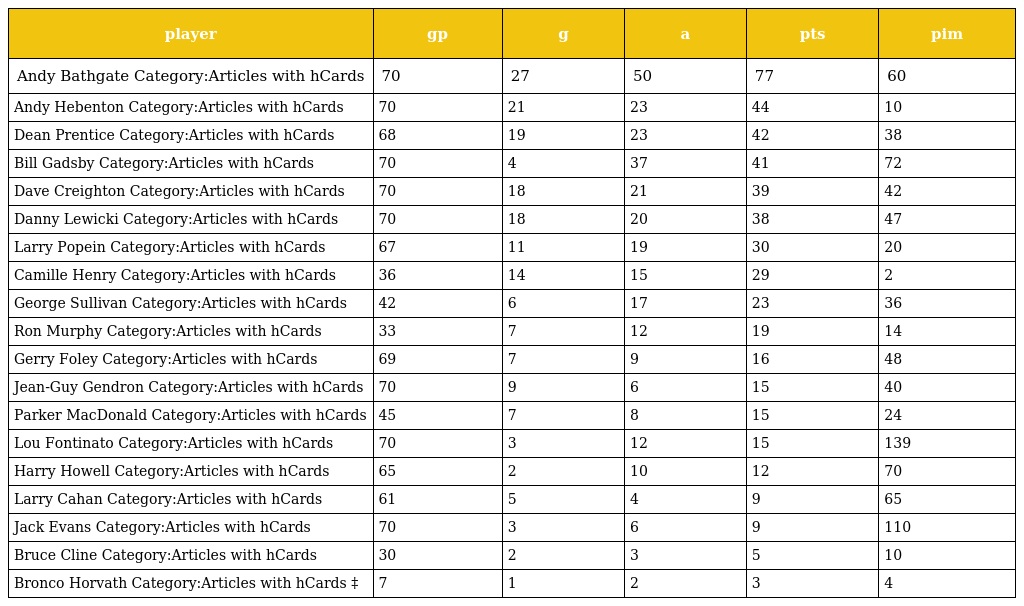
| player | gp | g | a | pts | pim |
 | --- | --- | --- | --- | --- | --- |
 | Andy Bathgate Category:Articles with hCards | 70 | 27 | 50 | 77 | 60 |
 | Andy Hebenton Category:Articles with hCards | 70 | 21 | 23 | 44 | 10 |
 | Dean Prentice Category:Articles with hCards | 68 | 19 | 23 | 42 | 38 |
 | Bill Gadsby Category:Articles with hCards | 70 | 4 | 37 | 41 | 72 |
 | Dave Creighton Category:Articles with hCards | 70 | 18 | 21 | 39 | 42 |
 | Danny Lewicki Category:Articles with hCards | 70 | 18 | 20 | 38 | 47 |
 | Larry Popein Category:Articles with hCards | 67 | 11 | 19 | 30 | 20 |
 | Camille Henry Category:Articles with hCards | 36 | 14 | 15 | 29 | 2 |
 | George Sullivan Category:Articles with hCards | 42 | 6 | 17 | 23 | 36 |
 | Ron Murphy Category:Articles with hCards | 33 | 7 | 12 | 19 | 14 |
 | Gerry Foley Category:Articles with hCards | 69 | 7 | 9 | 16 | 48 |
 | Jean-Guy Gendron Category:Articles with hCards | 70 | 9 | 6 | 15 | 40 |
 | Parker MacDonald Category:Articles with hCards | 45 | 7 | 8 | 15 | 24 |
 | Lou Fontinato Category:Articles with hCards | 70 | 3 | 12 | 15 | 139 |
 | Harry Howell Category:Articles with hCards | 65 | 2 | 10 | 12 | 70 |
 | Larry Cahan Category:Articles with hCards | 61 | 5 | 4 | 9 | 65 |
 | Jack Evans Category:Articles with hCards | 70 | 3 | 6 | 9 | 110 |
 | Bruce Cline Category:Articles with hCards | 30 | 2 | 3 | 5 | 10 |
 | Bronco Horvath Category:Articles with hCards ‡ | 7 | 1 | 2 | 3 | 4 |